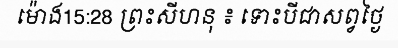
ម៉ោង15:28 ព្រះសីហនុ ៖ ទោះបីជាសព្វថ្ងៃ